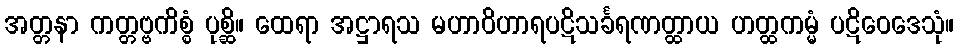
အတ္တနာ ကတ္တဗ္ဗကိစ္စံ ပုစ္ဆိ။ ထေရာ အဋ္ဌာရသ မဟာဝိဟာရပဋိသင်္ခရဏတ္ထာယ ဟတ္ထကမ္မံ ပဋိဝေဒေသုံ။